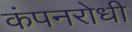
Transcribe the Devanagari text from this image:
कंपनरोधी